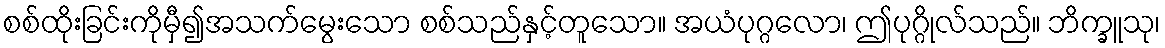
စစ်ထိုးခြင်းကိုမှီ၍အသက်မွေးသော စစ်သည်နှင့်တူသော။ အယံပုဂ္ဂလော၊ ဤပုဂ္ဂိုလ်သည်။ ဘိက္ခူသု၊